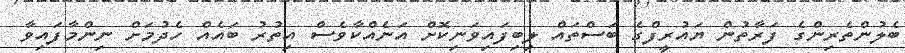
ބެލުންތެރިންގެ ފަރާތުން ޔައުރީފްގެ ބަސްތައް ލިބިފައިވަނިކޮށް އަނެއްކާވެސް އިތުރު ބައެއް ހެދުމަށް ނިންމާފައިވާ